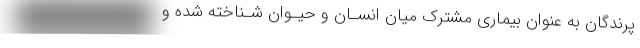
پرندگان به عنوان بیماری مشترک میان انسـان و حیـوان شـناخته شده و